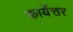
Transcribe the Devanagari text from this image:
कार्येत्तर